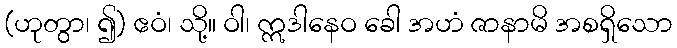
(ဟုတွာ၊ ၍) ဧဝံ၊ သို့။ ဝါ၊ ဣဒါနေဝ ခေါ အဟံ ဇာနာမိ အစရှိသော